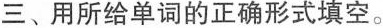
三、用所给单词的正确形式填空。